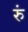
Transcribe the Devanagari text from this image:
रुं